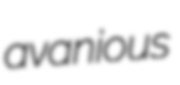
avanious